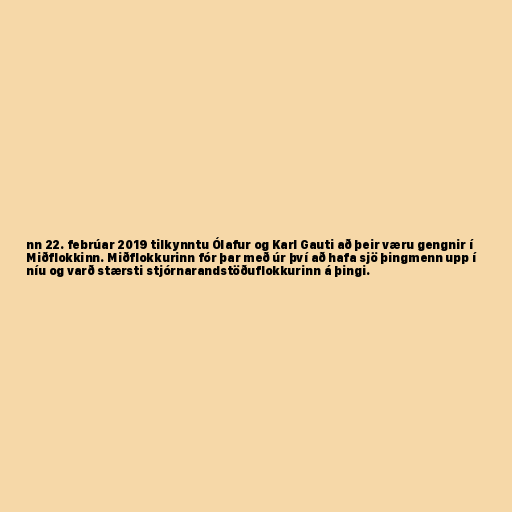
nn 22. febrúar 2019 tilkynntu Ólafur og Karl Gauti að þeir væru gengnir í
Miðflokkinn. Miðflokkurinn fór þar með úr því að hafa sjö þingmenn upp í
níu og varð stærsti stjórnarandstöðuflokkurinn á þingi.